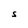
Character: S